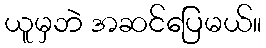
ယူမှဘဲ အဆင်ပြေမယ်။